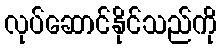
လုပ်ဆောင်နိုင်သည်ကို